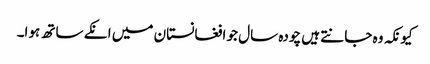
کیونکہ وہ جانتے ہیں چودہ سال جو افغانستان میں انکے ساتھ ہوا۔